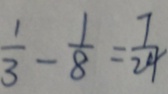
\frac { 1 } { 3 } - \frac { 1 } { 8 } = \frac { 7 } { 2 4 }